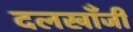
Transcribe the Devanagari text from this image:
दलखाँजी